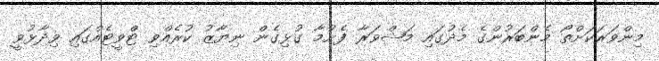
މިންވަރަކަށްތޯ މެންބަރުންގެ މެދުގައި މަޝްވަރާ ފެށުމާ ގުޅިގެން ނިޔާޒު ކުރެއްވި ޓްވީޓެއްގައި ވިދާޅުވީ